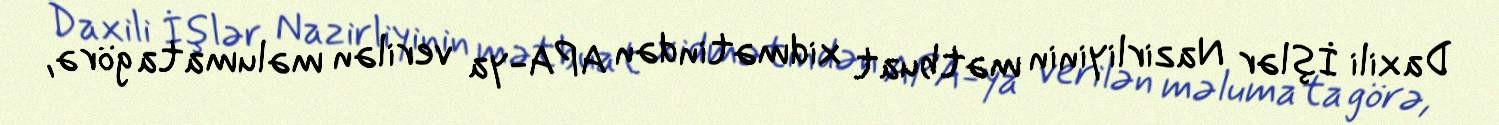
Daxili İşlər Nazirliyinin mətbuat xidmətindən APA-ya verilən məlumata görə,